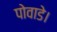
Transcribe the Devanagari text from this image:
पोवाडे।